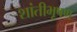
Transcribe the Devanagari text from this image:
शांतीभूषण